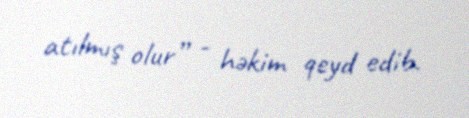
atılmış olur” - həkim qeyd edib.